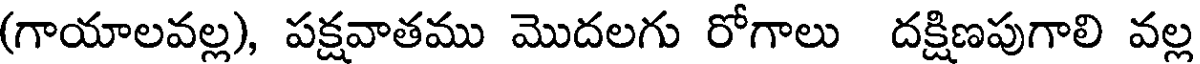
(గాయాలవల్ల), పక్షవాతము మొదలగు రోగాలు దక్షిణపుగాలి వల్ల